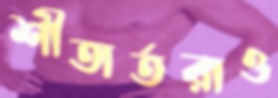
শীতার্তরাও